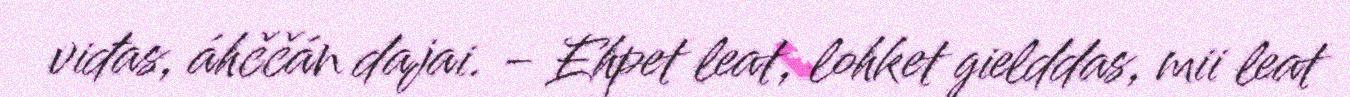
viđas, áhččán dajai. - Ehpet leat, lohket gielddas, mii leat